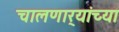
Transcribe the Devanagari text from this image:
चालणार्‍यांच्या